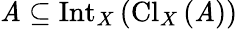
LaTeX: \mathit{A}\subseteq\operatorname{Int}_{X}\left(\operatorname{Cl}_{X}\left(\mathit{A}\right)\right)